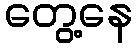
တွေ့နေ